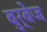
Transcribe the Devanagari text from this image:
बुर्बेज